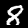
Digit: 8